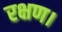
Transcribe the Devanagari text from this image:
रक्षण।